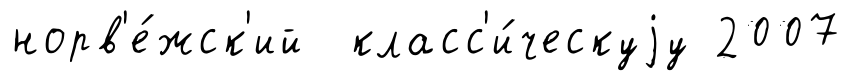
норв'е́жск'ий класс'и́ческуjу 2007